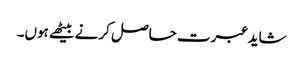
شاید عبرت حاصل کرنے بیٹھے ہوں۔